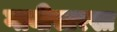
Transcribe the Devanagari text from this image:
गायीसारखा